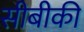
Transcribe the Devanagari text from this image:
सीबीकी